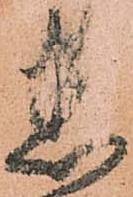
悉